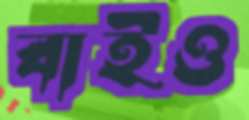
বাইও